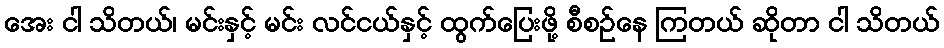
အေး ငါ သိတယ်၊ မင်းနှင့် မင်း လင်ငယ်နှင့် ထွက်ပြေးဖို့ စီစဉ်နေ ကြတယ် ဆိုတာ ငါ သိတယ်